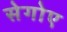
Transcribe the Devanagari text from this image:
सेगोए